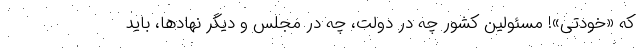
که «خودتی»! مسئولین کشور چه در دولت، چه در مجلس و دیگر نهادها، باید